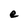
Character: e